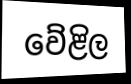
වේළිල